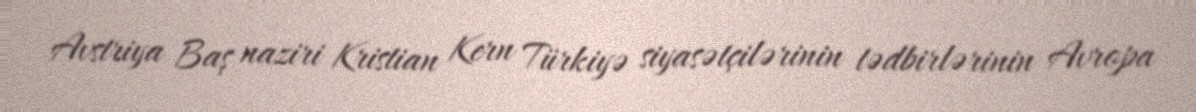
Avstriya Baş naziri Kristian Kern Türkiyə siyasətçilərinin tədbirlərinin Avropa